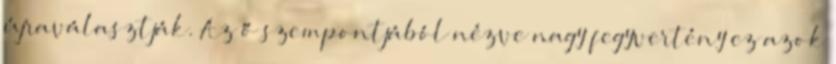
újraválasztják. Az ő szempontjából nézve nagy fegyvertény ez azok